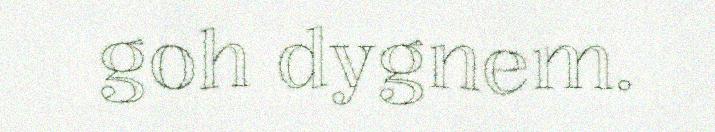
goh dygnem.